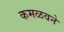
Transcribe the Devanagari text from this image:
कमळवने